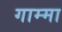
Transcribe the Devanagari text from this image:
गाम्मा